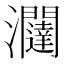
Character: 𭳽